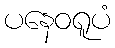
ပနေဝရူပံ